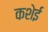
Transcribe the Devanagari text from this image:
कशेई